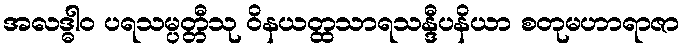
အလဒ္ဓါဝ ပရသမ္ပတ္တီသု ဝိနယတ္ထသာရသန္ဒီပနိယာ စတုမဟာရာဇာ